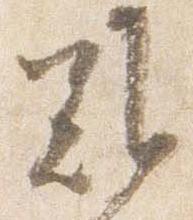
難